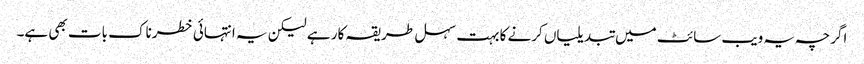
اگرچہ یہ ویب سائٹ میں تبدیلیاں کرنے کا بہت سہل طریقہ کار ہے لیکن یہ انتہائی خطرناک بات بھی ہے۔